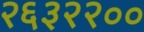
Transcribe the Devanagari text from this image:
२६३२२००